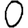
Digit: 0